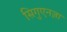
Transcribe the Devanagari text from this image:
सिगुएनज़ा